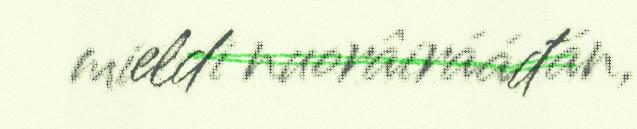
mieldi nuorâirááđán,